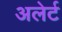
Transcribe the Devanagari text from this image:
अलेर्ट